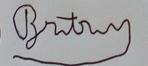
Signature authenticity: forged